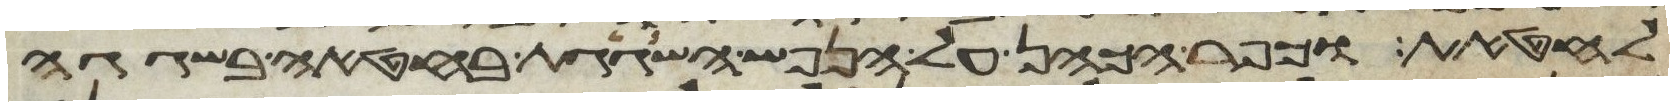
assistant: לחטאת וכפר הכהן על הנפש השגגת בחטאה בשגגה